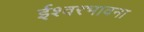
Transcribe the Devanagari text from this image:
ईश्वरभावना